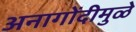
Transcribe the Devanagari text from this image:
अनागोंदीमुळे